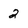
Character: 2